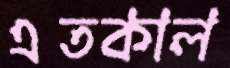
এতকাল